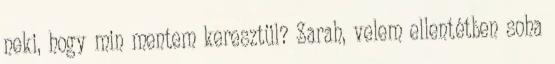
neki, hogy min mentem keresztül? Sarah, velem ellentétben soha